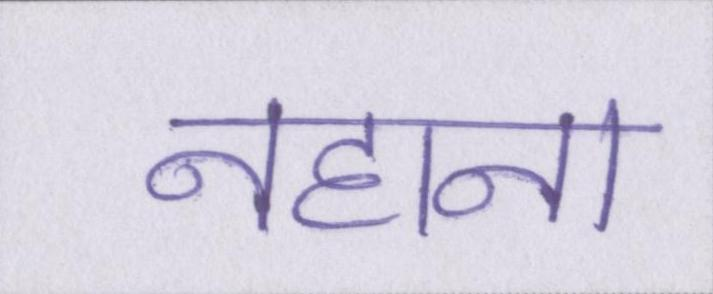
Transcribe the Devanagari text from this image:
नहाना